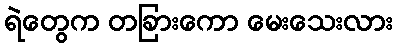
ရဲတွေက တခြားကော မေးသေးလား